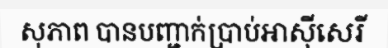
សុភាព បានបញ្ជាក់ប្រាប់អាស៊ីសេរី